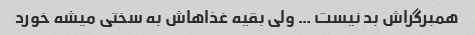
همبرگراش بد نیست … ولی بقیه غذاهاش به سختی میشه خورد